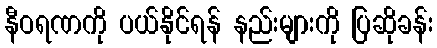
နီဝရဏကို ပယ်နိုင်ရန် နည်းများကို ပြဆိုခန်း